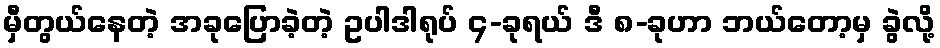
မှီတွယ်နေတဲ့ အခုပြောခဲ့တဲ့ ဥပါဒါရုပ် ၄-ခုရယ် ဒီ ၈-ခုဟာ ဘယ်တော့မှ ခွဲလို့